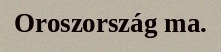
Oroszország ma.